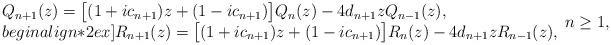
LaTeX: \begin{align*} \begin{array}l Q_{n+1}(z) = \big[(1+ic_{n+1})z+(1-ic_{n+1})\big] Q_{n}(z) - 4 d_{n+1} z Q_{n-1}(z), \\begin{align*}2ex] R_{n+1}(z) = \big[(1+ic_{n+1})z+(1-ic_{n+1})\big] R_{n}(z) - 4 d_{n+1} z R_{n-1}(z), \end{array} n \geq 1,\end{align*}